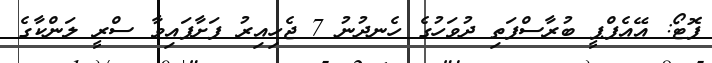
ފޮޓޯ: އޭއެފްޕީ ބުރާސްފަތި ދުވަހުގެ ހެނދުނު 7 ޖެހިއިރު ފަށާފައިވާ ސްރީ ލަންކާގެ